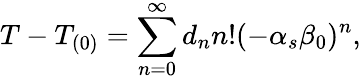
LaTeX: T-T_{(0)}=\sum_{n=0}^{\infty}d_{n}n!(-\alpha_{s}\beta_{0})^{n},